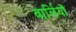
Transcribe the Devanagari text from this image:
वार्लियों